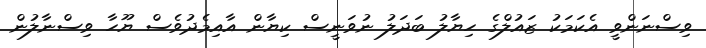
ވިސްނަންވީ އެކަމަކު ޒައުލްގެ ހިޔާލު ބަދަލު ނުވަނީސް ކިޔާން އާއިމެދުވެސް ޔޫހާ ވިސްނާލުން